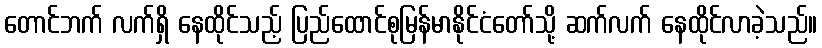
တောင်ဘက် လက်ရှိ နေထိုင်သည့် ပြည်ထောင်စုမြန်မာနိုင်ငံတော်သို့ ဆက်လက် နေထိုင်လာခဲ့သည်။